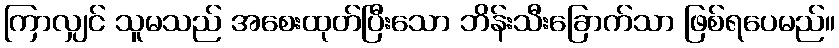
ကြာလျှင် သူမသည် အစေးထုတ်ပြီးသော ဘိန်းသီးခြောက်သာ ဖြစ်ရပေမည်။